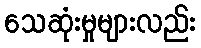
သေဆုံးမှုများလည်း